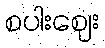
စပါးဈေး